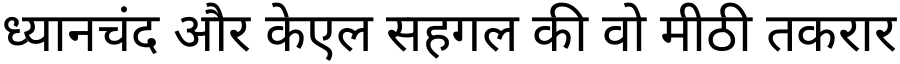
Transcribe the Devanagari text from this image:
ध्यानचंद और केएल सहगल की वो मीठी तकरार